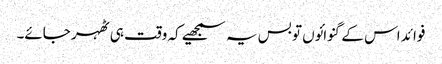
فوائد اس کے گنوائوں تو بس یہ سمجھیے کہ وقت ہی ٹھہر جائے۔